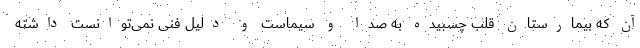
آن که بیمارستان قلب چسبیده به صدا و سیماست و دلیل فنی نمی‌توانست داشته